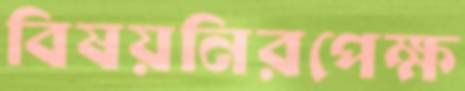
বিষয়নিরপেক্ষ